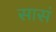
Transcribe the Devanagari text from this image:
सासं